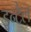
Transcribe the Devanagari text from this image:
इन्टैल